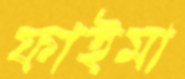
ফাইমা